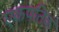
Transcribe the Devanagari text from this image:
एकपतिक